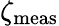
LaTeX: \zeta_{\mathrm{{meas}}}